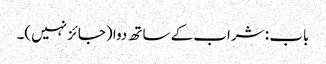
باب : شراب کے ساتھ دوا (جائز نہیں)۔